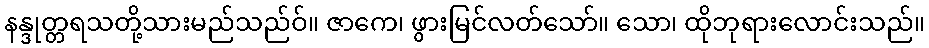
နန္ဒုတ္တရသတို့သားမည်သည်ဝ်။ ဇာကေ၊ ဖွားမြင်လတ်သော်။ သော၊ ထိုဘုရားလောင်းသည်။